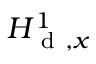
H _ { \mathrm { ~ d ~ } , x } ^ { 1 }